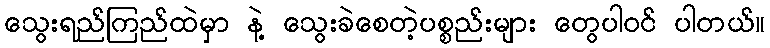
သွေးရည်ကြည်ထဲမှာ နဲ့ သွေးခဲစေတဲ့ပစ္စည်းများ တွေပါဝင် ပါတယ်။